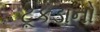
ટૂકડાનો